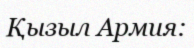
Қызыл Армия: